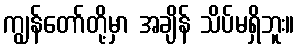
ကျွန်တော်တို့မှာ အချိန် သိပ်မရှိဘူး။